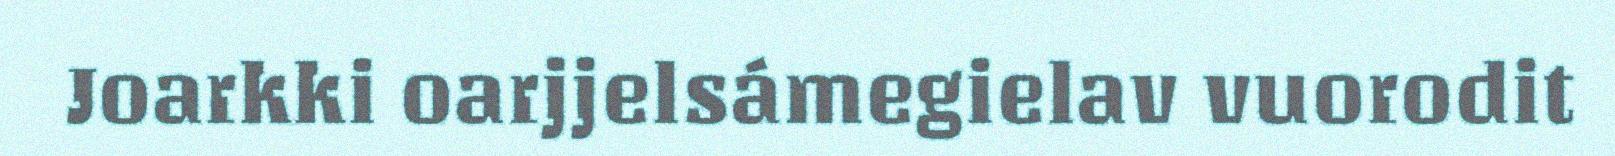
Joarkki oarjjelsámegielav vuorodit